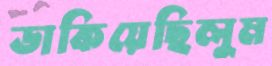
ডাকিয়েছিলুম